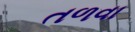
તળવા